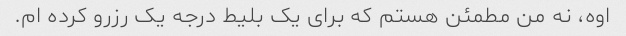
اوه، نه من مطمئن هستم که برای یک بلیط درجه یک رزرو کرده ام.